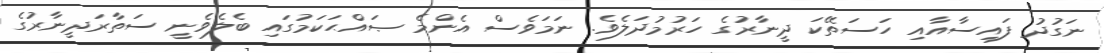
ނަގުދު ފައިސާއާއި ހަސަތޭކަ ދީނާރުގެ ހަރުމުދަލެވެ. ނަމަވެސް އެންމެ ޞައްޙަކަމުގައި ބެލެވެނީ ސަތާރަދީނާރުގެ